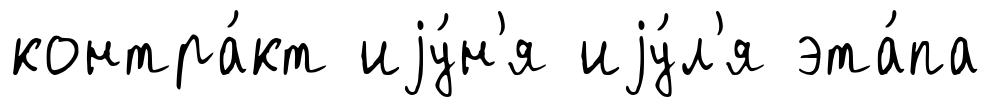
контра́кт иjу́н'я иjу́л'я эта́па